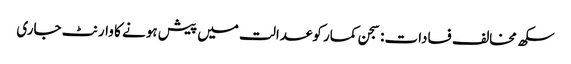
سکھ مخالف فسادات: سجن کمار کوعدالت میں پیش ہونے کا وارنٹ جاری